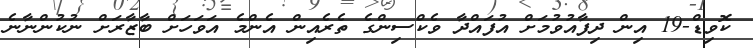
ކޮވިޑް-19 އިން ދިފާއުވުމަށް އުފައްދާ ވެކްސިންގެ ތެރެއިން އެންމެ އަވަހަށް ބާޒާރަށް ނުކުންނާނެ